Scottish Leaving Certificate Examination, 1957
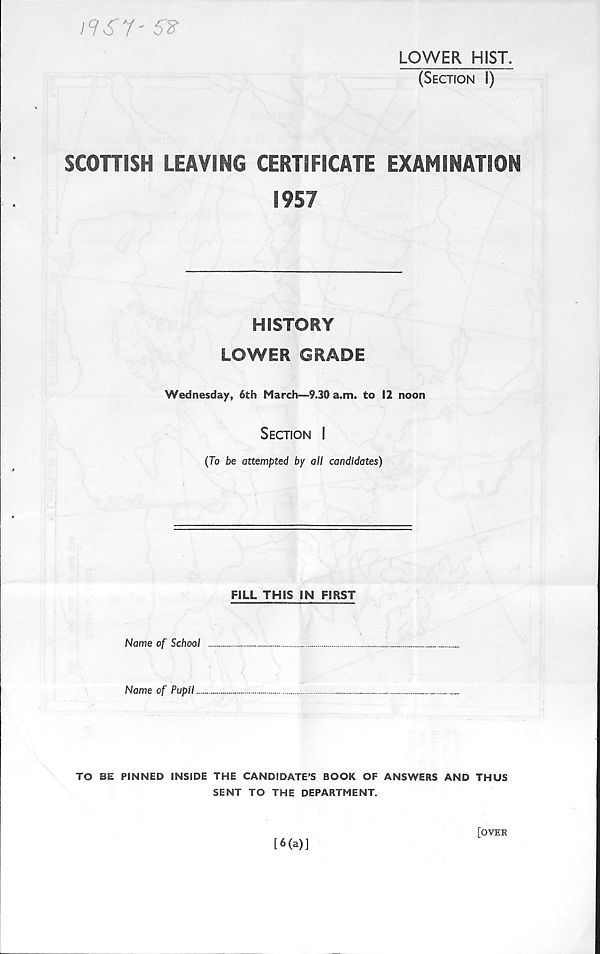
LOWER HIST.
(Section \)
I9S7- 52
SCOHISH LEAVING CERTIFICATE EXAMINATION
1957
HISTORY
LOWER GRADE
Wednesday, 6th March—>9.30 a.m. to 12 noon
Section !
(To be attempted by all candidates)
■
■
■
FILL THIS IN FIRST
Name of School
Name of Pupil
TO BE PINNED INSIDE THE CANDIDATE’S BOOK OF ANSWERS AND THUS
SENT TO THE DEPARTMENT.
[6(a)]
[over